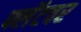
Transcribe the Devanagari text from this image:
फ्लॅटवर